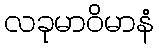
လခုမာဝိမာနံ